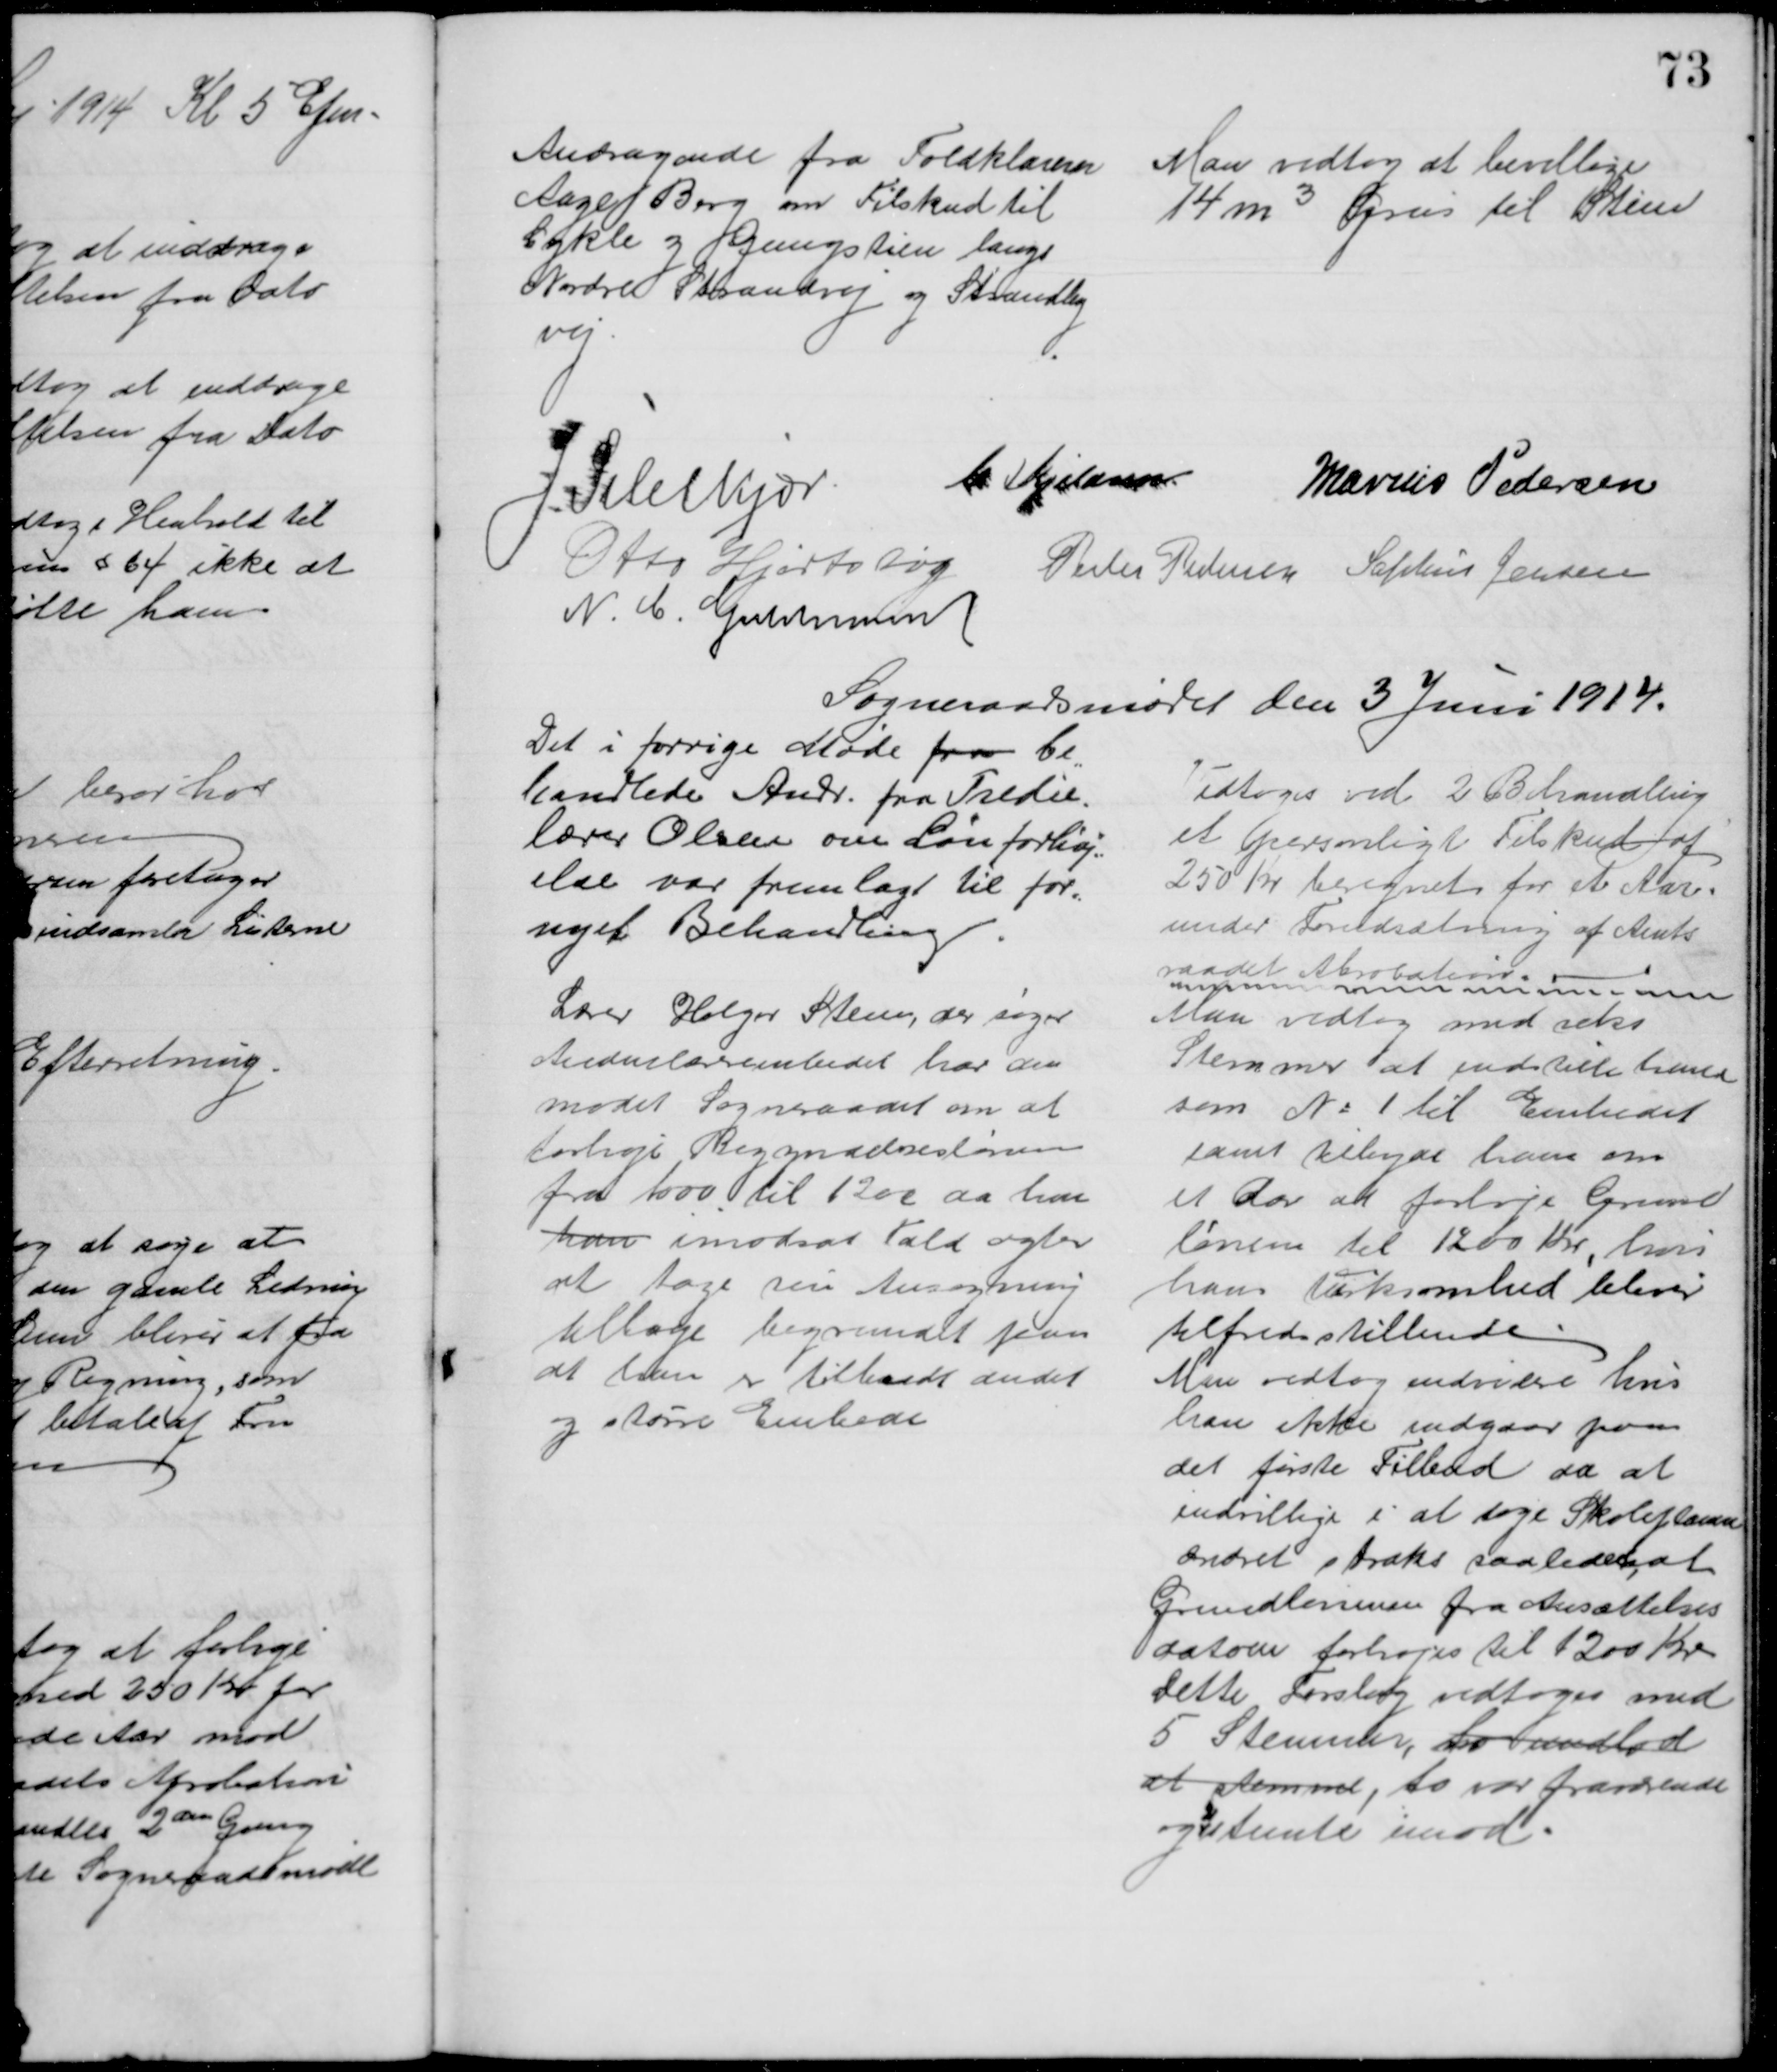
Transskription:
Andragende fra Toldklarerer
Aage Berg om Tilskud til
Cykle og Gangstien langs
Nordre Strandvej og Strandby
vej.
Man vedtog at bevillige
14 m3 Grus til Stien
J. Pihlkjær
C Kjeldsen
Marius Pedersen
Otto Hjortshøj
Peder Pedersen Sophus Jensen
N. C. Guldmann
Sogneraadsmødet den 3 Juni 1914.
Det i forrige Møde fra be
=
handlede Andr. fra Tredie-
lærer Olsen om Lønforhøj=
else var fremlagt til for=
nyet Behandling
Vedtoges ved 2 Behandling
et Personligt Tilskud af
250 Kr beregnet for et Aar.
under Forudsætning af Amts
raadet Abrobation.
Lærer Holger Steen, der søger
Andenlærerembedet har an 
modet Sogneraadet om at
forhøje Begyndelseslønnen
fra 1000 til 1200 da han 
han imodsat Fald agter 
at tage sin Ansøgning
tilbage begrundet paa
at han er tilbudt andet
og større Embede
Man vedtog med seks 
Stemmer at indstille ham
som № 1 til Embedet
samt tilbyde ham om
et for at forhøje Grund
lønnen til 1200 Kr, hvis
hans Virksomhed bliver
tilfredsstillende
Man vedtog endvidere hvis
han ikke indgaar paa
det første Tilbud da at 
indvillige i at søge Skoleplanen
ændret straks saaledes, at 
Grundlønnen fra Ansættelses
datoen forhøjes til 200 Kr.
Dette Forslag vedtoges med
5 Stemmer, to undlod
at stemme, to var fraværende
og 
2
stemte imod